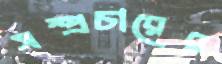
সম্প্রচারের